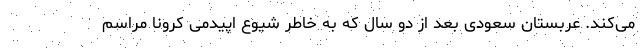
می‌کند. عربستان سعودی بعد از دو سال که به خاطر شیوع اپیدمی کرونا مراسم